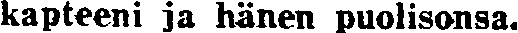
kapteeni ja hänen puolisonsa.